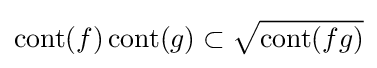
\operatorname {cont} (f)\operatorname {cont} (g)\subset {\sqrt {\operatorname {cont} (fg)}}